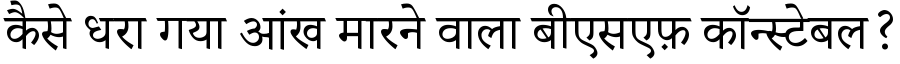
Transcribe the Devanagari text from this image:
कैसे धरा गया आंख मारने वाला बीएसएफ़ कॉन्स्टेबल?